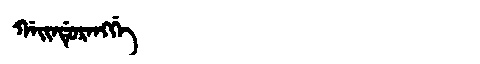
Manchu: ᡤᠠᡳᠨᡩᡠᡵᠠᠩᡤᡝ
Romanization: GAINDURANGGE